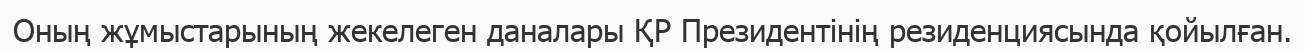
Оның жұмыстарының жекелеген даналары ҚР Президентінің резиденциясында қойылған.